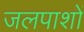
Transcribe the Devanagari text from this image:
जलपाशों